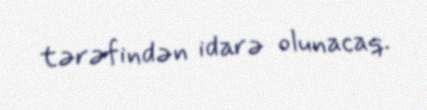
tərəfindən idarə olunacaq.